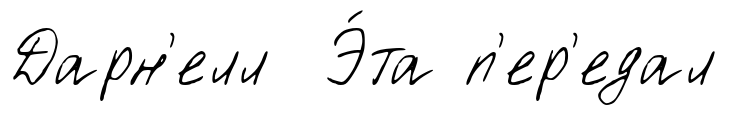
Дарн'елл Э́та п'ер'едал